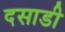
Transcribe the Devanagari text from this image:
दसाडी